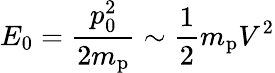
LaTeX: E_{0}=\frac{p_{0}^{2}}{2m_{\mathrm{p}}}\sim\frac{1}{2}m_{\mathrm{p}}V^{2}